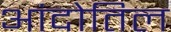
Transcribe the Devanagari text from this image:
आंदोतिल